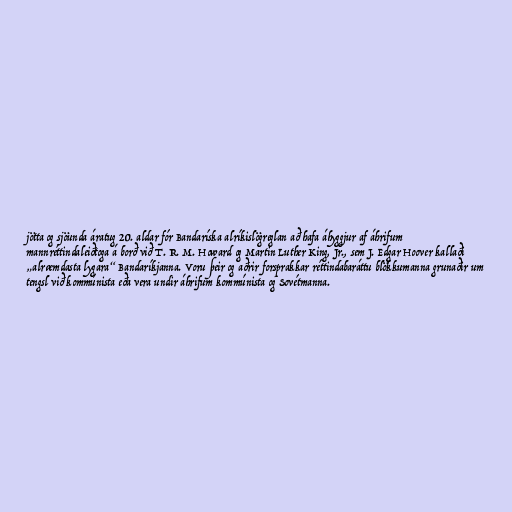
jötta og sjöunda áratug 20. aldar fór Bandaríska alríkislögreglan að hafa áhyggjur af áhrifum
mannréttindaleiðtoga á borð við T. R. M. Howard og Martin Luther King, Jr., sem J. Edgar Hoover kallaði
„alræmdasta lygara“ Bandaríkjanna. Voru þeir og aðrir forsprakkar réttindabaráttu blökkumanna grunaðir um
tengsl við kommúnista eða vera undir áhrifum kommúnista og Sovétmanna.